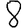
Digit: 8